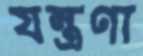
যন্ত্রণা